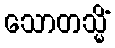
သောတသ္မိံ